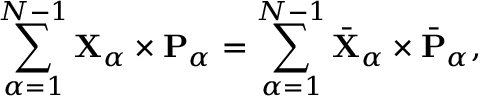
\sum _ { \alpha = 1 } ^ { N - 1 } { \mathbf { X } } _ { \alpha } \times { \mathbf { P } } _ { \alpha } = \sum _ { \alpha = 1 } ^ { N - 1 } \bar { \mathbf { X } } _ { \alpha } \times \bar { \mathbf { P } } _ { \alpha } ,